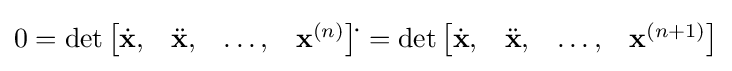
0=\det {\begin{bmatrix}{\dot {\mathbf {x} }},&{\ddot {\mathbf {x} }},&\dots ,&{\mathbf {x} }^{(n)}\end{bmatrix}}{\dot {}}\,=\det {\begin{bmatrix}{\dot {\mathbf {x} }},&{\ddot {\mathbf {x} }},&\dots ,&{\mathbf {x} }^{(n+1)}\end{bmatrix}}